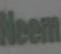
Neem